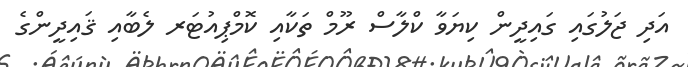
އަދި ޖަލުގައި ގައިދީން ކިޔަވާ ކްލާސް ރޫމް ތަކާއި ކޮމްޕިއުޓަރ ލެބާއި ޤައިދީންގެ